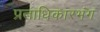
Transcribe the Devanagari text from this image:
प्रताधिकारभंग